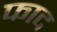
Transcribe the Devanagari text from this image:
फाद